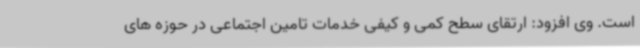
است. وی افزود: ارتقای سطح کمی و کیفی خدمات تامین اجتماعی در حوزه های